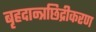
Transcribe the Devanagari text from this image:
बृहदान्त्रछिद्रीकरण